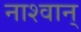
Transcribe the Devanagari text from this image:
नाश्वान्‌